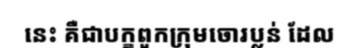
នេះ គឺជាបក្ខពួកក្រុមចោរប្លន់ ដែល